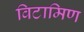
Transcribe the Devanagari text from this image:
विटामिण